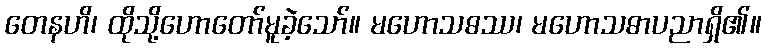
တေနဟိ၊ ထိုသို့ဟောတော်မူခဲ့သော်။ မဟောသဓဿ၊ မဟောသဓာပညာရှိ၏။